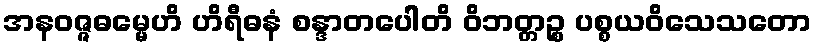
အနဝဇ္ဇဓမ္မေဟိ ဟိရီဓနံ စန္ဒာတပေါတိ ဝိဘတ္တဉ္စ ပစ္စယဝိသေသတော